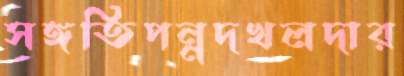
সঙ্গতিপন্নদখলদার